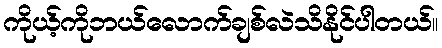
ကိုယ့်ကိုဘယ်လောက်ချစ်လဲသိနိုင်ပါတယ်။